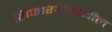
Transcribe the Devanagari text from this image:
शिफारशींमधील